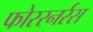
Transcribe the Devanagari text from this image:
फोररनर्रस